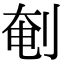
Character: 剦